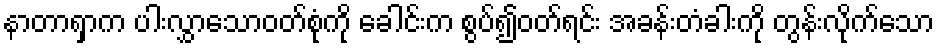
နာတာရှာက ပါးလွှာသောဝတ်စုံကို ခေါင်းက စွပ်၍ဝတ်ရင်း အခန်းတံခါးကို တွန်းလိုက်သော